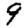
Digit: 9